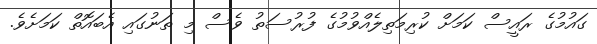
ގައުމުގެ ރައީސް ކަމަށް ކުރިމަތިލެއްވުމުގެ ފުރުސަތު ވެސް މި ތަނުގައި އެބައޮތް ކަމަށެވެ.